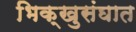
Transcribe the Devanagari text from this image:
भिक्खुसंघात